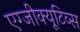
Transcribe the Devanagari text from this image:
एग्जीक्यूटिव्स